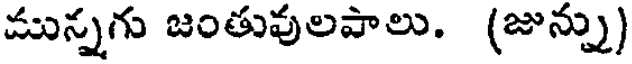
మున్నగు జంతువులపాలు. (జున్ను)